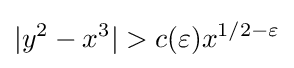
|y^{2}-x^{3}|>c(\varepsilon )x^{1/2-\varepsilon }